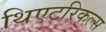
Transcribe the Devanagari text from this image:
थिएटरिकल्स